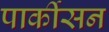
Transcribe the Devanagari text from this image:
पार्कीसन